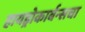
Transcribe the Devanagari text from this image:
हायड्रोकार्बन्सचा